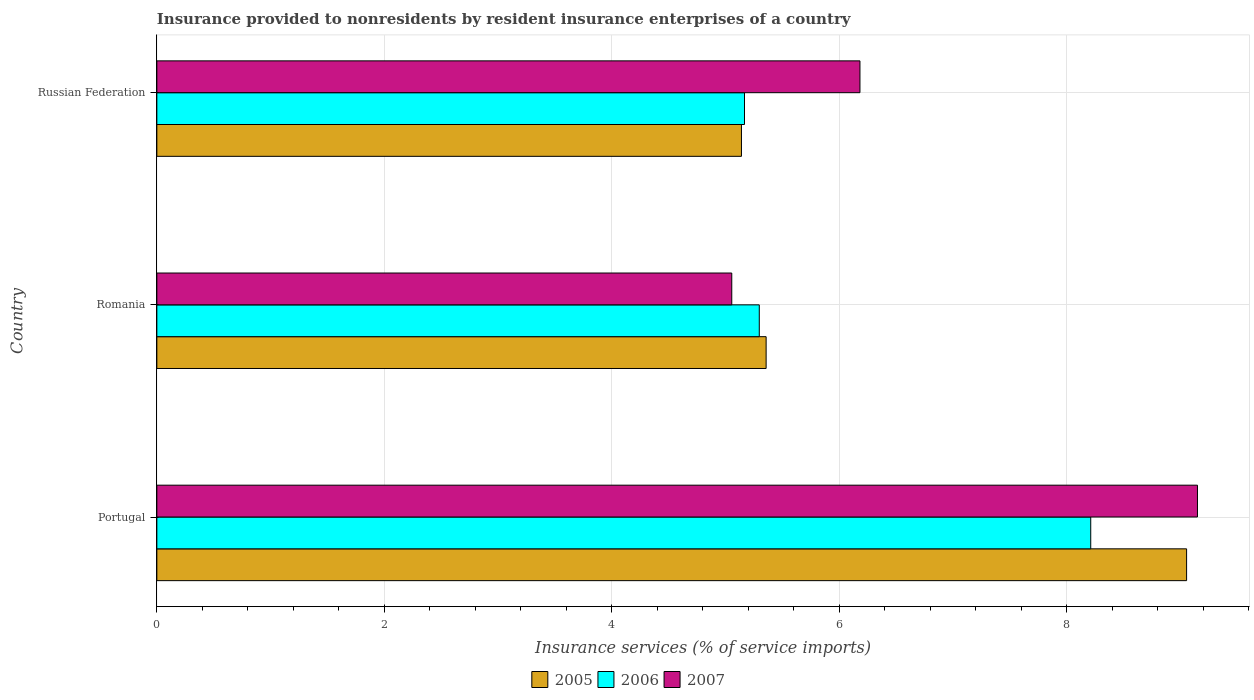
| Country | 2005 | 2006 | 2007 |
 | --- | --- | --- | --- |
 | Portugal | 9.05 | 8.21 | 9.15 |
 | Romania | 5.36 | 5.3 | 5.05 |
 | Russian Federation | 5.14 | 5.17 | 6.18 |